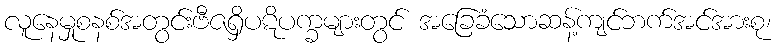
လူနေမှုစနစ်အတွင်းဗီဇရှိပဋိပက္ခများတွင် အခြေခံသောဆန့်ကျင်ဘက်အင်အားစု၊